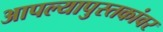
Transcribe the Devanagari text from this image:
आपल्यापुस्तकांवर